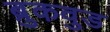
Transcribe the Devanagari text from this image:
ब्रुकवुड